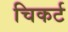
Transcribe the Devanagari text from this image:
चिकर्ट